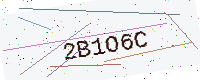
Text: 2B1O6C